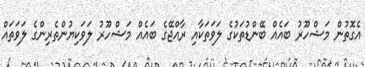
އެގޮތުން މަޝްހޫރު ބައެއް ބޭންޑުތަކުގެ ލަވަތަކާއި ރާއްޖޭގެ ބައެއް މަޝްހޫރު ލަވަކިޔުންތެރިންގެ ލަވަތައް